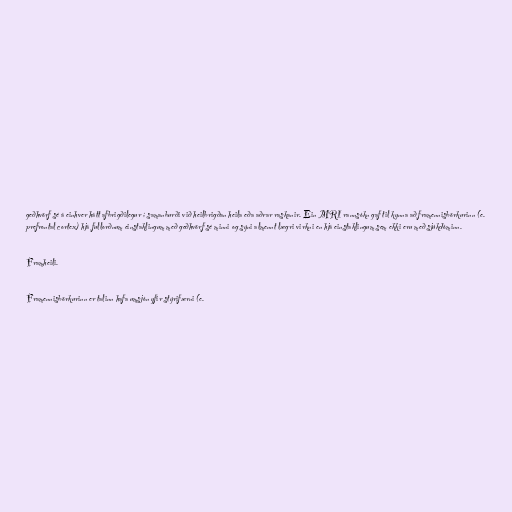
geðhvörf sé á einhver hátt afbrigðilegur í samanburði við heilbrigðan heila eða aðrar raskanir. Ein MRI rannsókn gaf til kynna að framennisbörkurinn (e.
prefrontal cortex) hjá fullorðnum einstaklingum með geðhvörf sé minni og sýni almennt lægri virkni en hjá einstaklingum sem ekki eru með sjúkdóminn.

Framheili.

Framennisbörkurinn er talinn hafa umsjón yfir stýrifærni (e.